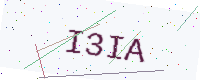
Text: I3IA